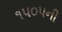
૧૫૦૫ની